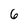
Character: 6